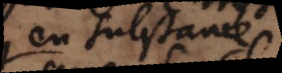
en substance